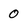
Character: 0